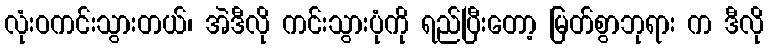
လုံးဝကင်းသွားတယ်၊ အဲဒီလို ကင်းသွားပုံကို ရည်ပြီးတော့ မြတ်စွာဘုရား က ဒီလို